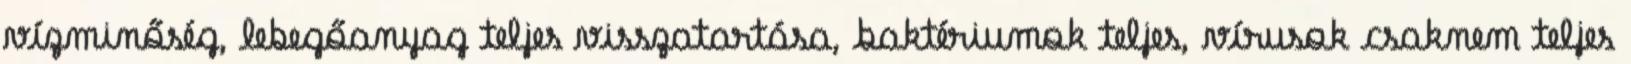
vízminőség, lebegőanyag teljes visszatartása, baktériumok teljes, vírusok csaknem teljes